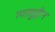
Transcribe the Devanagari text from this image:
ग्यासुद्दीन